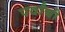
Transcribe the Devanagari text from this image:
पर्वांची